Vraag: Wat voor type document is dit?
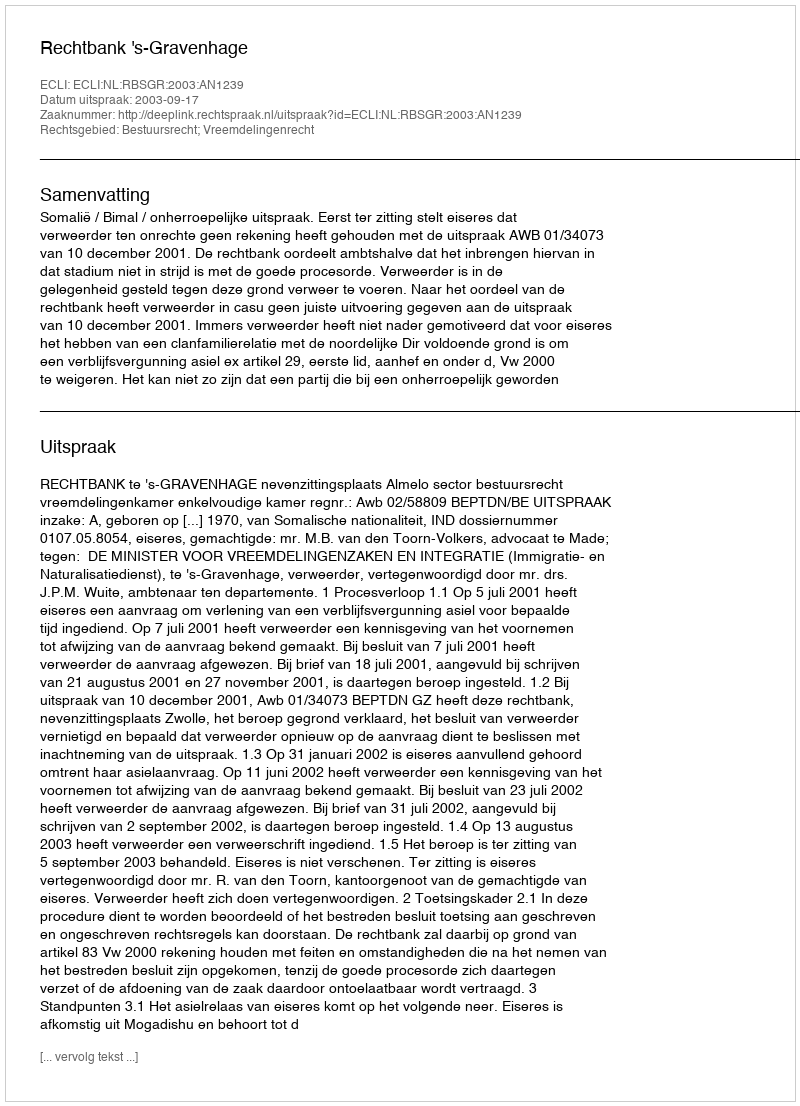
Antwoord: Uitspraak